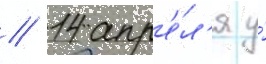
// 14 апр'е́л'я у́